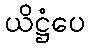
ယိဋ္ဌံပေ